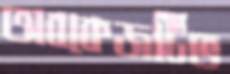
অবকেজটিভ